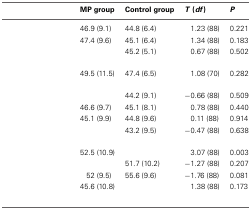
<table><thead><tr><td>[EMPTY_CELL]</td><td><b>MP group</b></td><td><b>Control group</b></td><td><b><i>T</i> (<i>df</i>)</b></td><td><b><i>P</i></b></td></tr></thead><tbody><tr><td>[EMPTY_CELL]</td><td>46.9 (9.1)</td><td>44.8 (6.4)</td><td>1.23 (88)</td><td>0.221</td></tr><tr><td>[EMPTY_CELL]</td><td>47.4 (9.6)</td><td>45.1 (6.4)</td><td>1.34 (88)</td><td>0.183</td></tr><tr><td>[EMPTY_CELL]</td><td>[EMPTY_CELL]</td><td>45.2 (5.1)</td><td>0.67 (88)</td><td>0.502</td></tr><tr><td>[EMPTY_CELL]</td><td>49.5 (11.5)</td><td>47.4 (6.5)</td><td>1.08 (70)</td><td>0.282</td></tr><tr><td>[EMPTY_CELL]</td><td>[EMPTY_CELL]</td><td>44.2 (9.1)</td><td>−0.66 (88)</td><td>0.509</td></tr><tr><td>[EMPTY_CELL]</td><td>46.6 (9.7)</td><td>45.1 (8.1)</td><td>0.78 (88)</td><td>0.440</td></tr><tr><td>[EMPTY_CELL]</td><td>45.1 (9.9)</td><td>44.8 (9.6)</td><td>0.11 (88)</td><td>0.914</td></tr><tr><td>[EMPTY_CELL]</td><td>[EMPTY_CELL]</td><td>43.2 (9.5)</td><td>−0.47 (88)</td><td>0.638</td></tr><tr><td>[EMPTY_CELL]</td><td>52.5 (10.9)</td><td>[EMPTY_CELL]</td><td>3.07 (88)</td><td>0.003</td></tr><tr><td>[EMPTY_CELL]</td><td>[EMPTY_CELL]</td><td>51.7 (10.2)</td><td>−1.27 (88)</td><td>0.207</td></tr><tr><td>[EMPTY_CELL]</td><td>52 (9.5)</td><td>55.6 (9.6)</td><td>−1.76 (88)</td><td>0.081</td></tr><tr><td>[EMPTY_CELL]</td><td>45.6 (10.8)</td><td>[EMPTY_CELL]</td><td>1.38 (88)</td><td>0.173</td></tr></tbody></table>